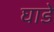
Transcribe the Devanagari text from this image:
घाडे